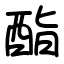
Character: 酯